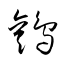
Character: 鸛